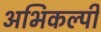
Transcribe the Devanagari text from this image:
अभिकल्पी